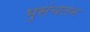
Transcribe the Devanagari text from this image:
भुसंचलन